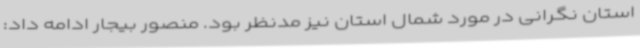
استان نگرانی در مورد شمال استان نیز مدنظر بود. منصور بیجار ادامه داد: